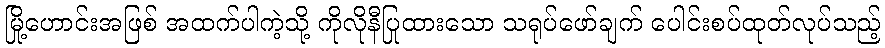
မြို့ဟောင်းအဖြစ် အထက်ပါကဲ့သို့ ကိုလိုနီပြုထားသော သရုပ်ဖော်ချက် ပေါင်းစပ်ထုတ်လုပ်သည့်